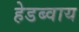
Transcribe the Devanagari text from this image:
हेडब्वाय